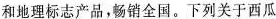
和地理标志产品，畅销全国。下列关于西瓜